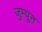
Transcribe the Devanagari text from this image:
जुम्पून